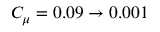
C _ { \mu } = 0 . 0 9 \to 0 . 0 0 1